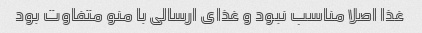
غذا اصلا مناسب نبود و غذای ارسالی با منو متفاوت بود